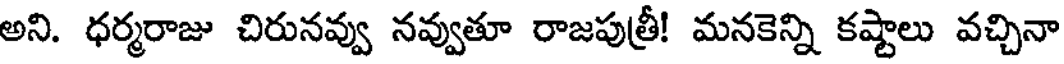
అని. ధర్మరాజు చిరునవ్వు నవ్వుతూ రాజపుత్రీ! మనకెన్ని కష్టాలు వచ్చినా